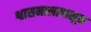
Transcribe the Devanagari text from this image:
श्वासनालापासून